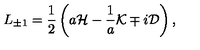
L _ { \pm 1 } = { \frac { 1 } { 2 } } \left( a { \cal H } - { \frac { 1 } { a } } { \cal K } \mp i { \cal D } \right) ,